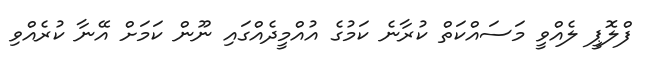
ފްލޮޕީ ލެއްވީ މަސައްކަތް ކުރާނެ ކަމުގެ އުއްމީދެއްގައި ނޫން ކަމަށް އޭނާ ކުރެއްވި